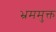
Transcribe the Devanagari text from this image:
भ्रममुक्त